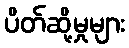
ပိတ်ဆို့မှုများ